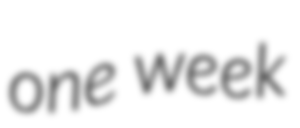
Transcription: one week